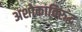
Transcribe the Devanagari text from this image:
अशोकाविरुद्ध